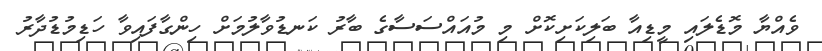
ވެއްޔާ މޮޑެލައި މީޑިއާ ބަލިކަށިކޮށް މި މުއައްސަސާގެ ބާރު ކަނޑުވާލުމަށް ހިންގާފައިވާ ހަޑިމުޑުދާރު